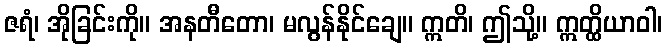
ဇရံ၊ အိုခြင်းကို။ အနတီတော၊ မလွန်နိုင်ချေ။ ဣတိ၊ ဤသို့။ ဣတ္ထိယာဝါ၊